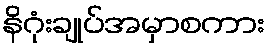
နိဂုံးချုပ်အမှာစကား